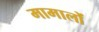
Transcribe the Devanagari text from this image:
मामालों